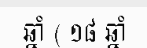
ឆ្នាំ ( ១៨ ឆ្នាំ